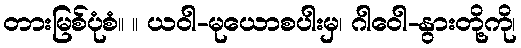
တားမြစ်ပုံစံ။ ။ ယဝါ-မုယောစပါးမှ၊ ဂါဝေါ-နွားတို့ကို၊